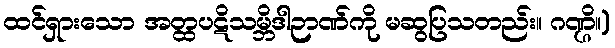
ထင်ရှားသော အတ္ထပဋိသမ္ဘိဒါဉာဏ်ကို မဆွပြသတည်း။ ဂဏ္ဌိ။)